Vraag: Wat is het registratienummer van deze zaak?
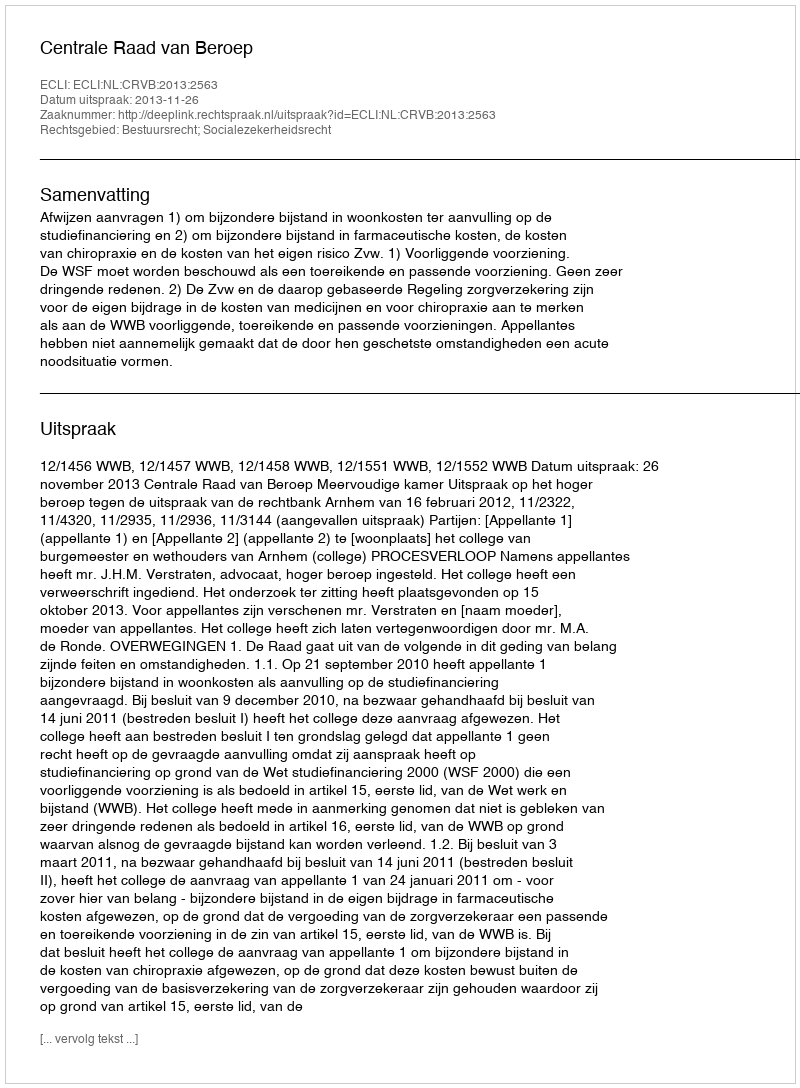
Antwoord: http://deeplink.rechtspraak.nl/uitspraak?id=ECLI:NL:CRVB:2013:2563